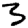
Digit: 3